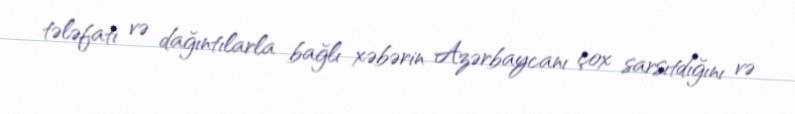
tələfatı və dağıntılarla bağlı xəbərin Azərbaycanı çox sarsıtdığını və